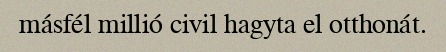
másfél millió civil hagyta el otthonát.